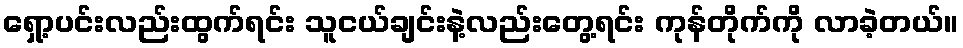
ရှော့ပင်းလည်းထွက်ရင်း သူငယ်ချင်းနဲ့လည်းတွေ့ရင်း ကုန်တိုက်ကို လာခဲ့တယ်။